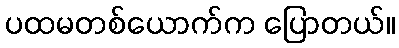
ပထမတစ်ယောက်က ပြောတယ်။